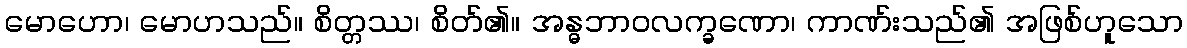
မောဟော၊ မောဟသည်။ စိတ္တဿ၊ စိတ်၏။ အန္ဓဘာဝလက္ခဏော၊ ကာဏ်းသည်၏ အဖြစ်ဟူသော